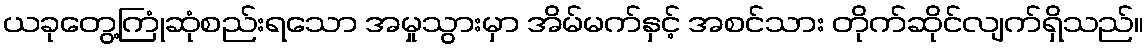
ယခုတွေ့ကြုံဆုံစည်းရသော အမှုသွားမှာ အိမ်မက်နှင့် အစင်သား တိုက်ဆိုင်လျက်ရှိသည်။